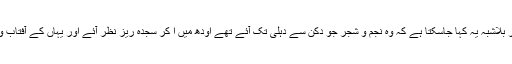
یہی وراثت دہلی سے گزرتی ہوئی اودھ میں آئی اور بلاشبہ یہ کہا جاسکتا ہے کہ وہ نجم و شجر جو دکن سے دہلی تک آئے تھے اودھ میں ا کر سجدہ ریز نظر آئے اور یہاں کے آفتاب و مہتاب نے اس صناعی کو تابندہ و درخشندہ بنادیا۔